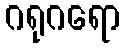
ဂရုဂရော